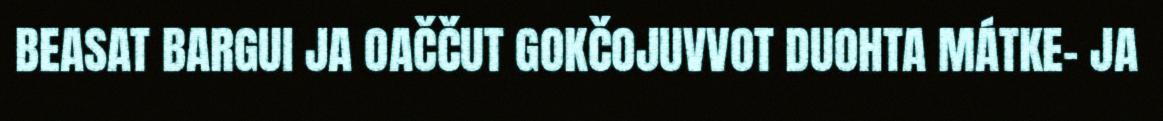
BEASAT BARGUI JA OAČČUT GOKČOJUVVOT DUOHTA MÁTKE- JA